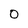
Character: O